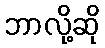
ဘာလို့ဆို